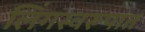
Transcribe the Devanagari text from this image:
लिंगस्वरूपात